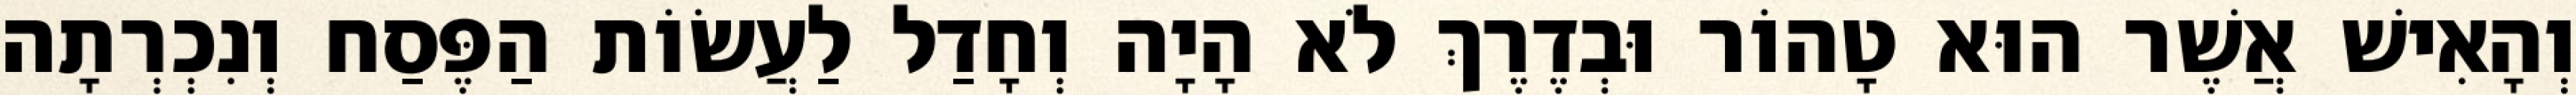
וְהָאִישׁ אֲשֶׁר הוּא טָהוֹר וּבְדֶרֶךְ לֹא הָיָה וְחָדַל לַעֲשׂוֹת הַפֶּסַח וְנִכְרְתָה